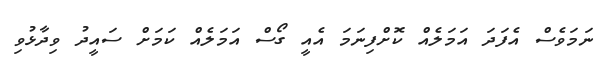
ނަމަވެސް އެފަދަ އަމަލެއް ކޮށްފިނަމަ އެއީ ގޯސް އަމަލެއް ކަމަށް ސައީދު ވިދާޅުވި